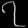
Digit: ၇